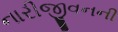
નારીજીવનની